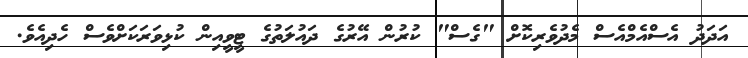
އަދަދު އެސްއެމްއެސް މެދުވެރިކޮށް "ގެސް" ކުރުން އޭރުގެ ދައުލަތުގެ ޓީވީއިން ކުޅިވަރަކަށްވެސް ހެދިއެވެ.